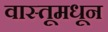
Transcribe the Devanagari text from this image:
वास्तूमधून